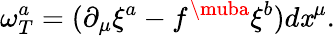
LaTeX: \omega_{T}^{a}=(\partial_{\mu}\xi^{a}-f^{\muba}\xi^{b})d\mathit{x}^{\mu}.